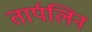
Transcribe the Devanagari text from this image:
तार्पलिन